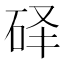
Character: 𰦰